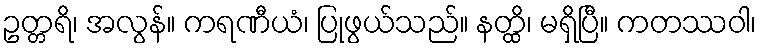
ဥတ္တရိ၊ အလွန်။ ကရဏီယံ၊ ပြုဖွယ်သည်။ နတ္ထိ၊ မရှိပြီ။ ကတဿဝါ၊